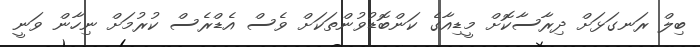
ބިލް ރަނގަޅަށް ދިރާސާކޮށް މީޑިއާގެ ކަންބޮޑުވުންތަކަށް ވެސް އެޑްރެސް ކުރުމަށް ނިހާން ވަނީ